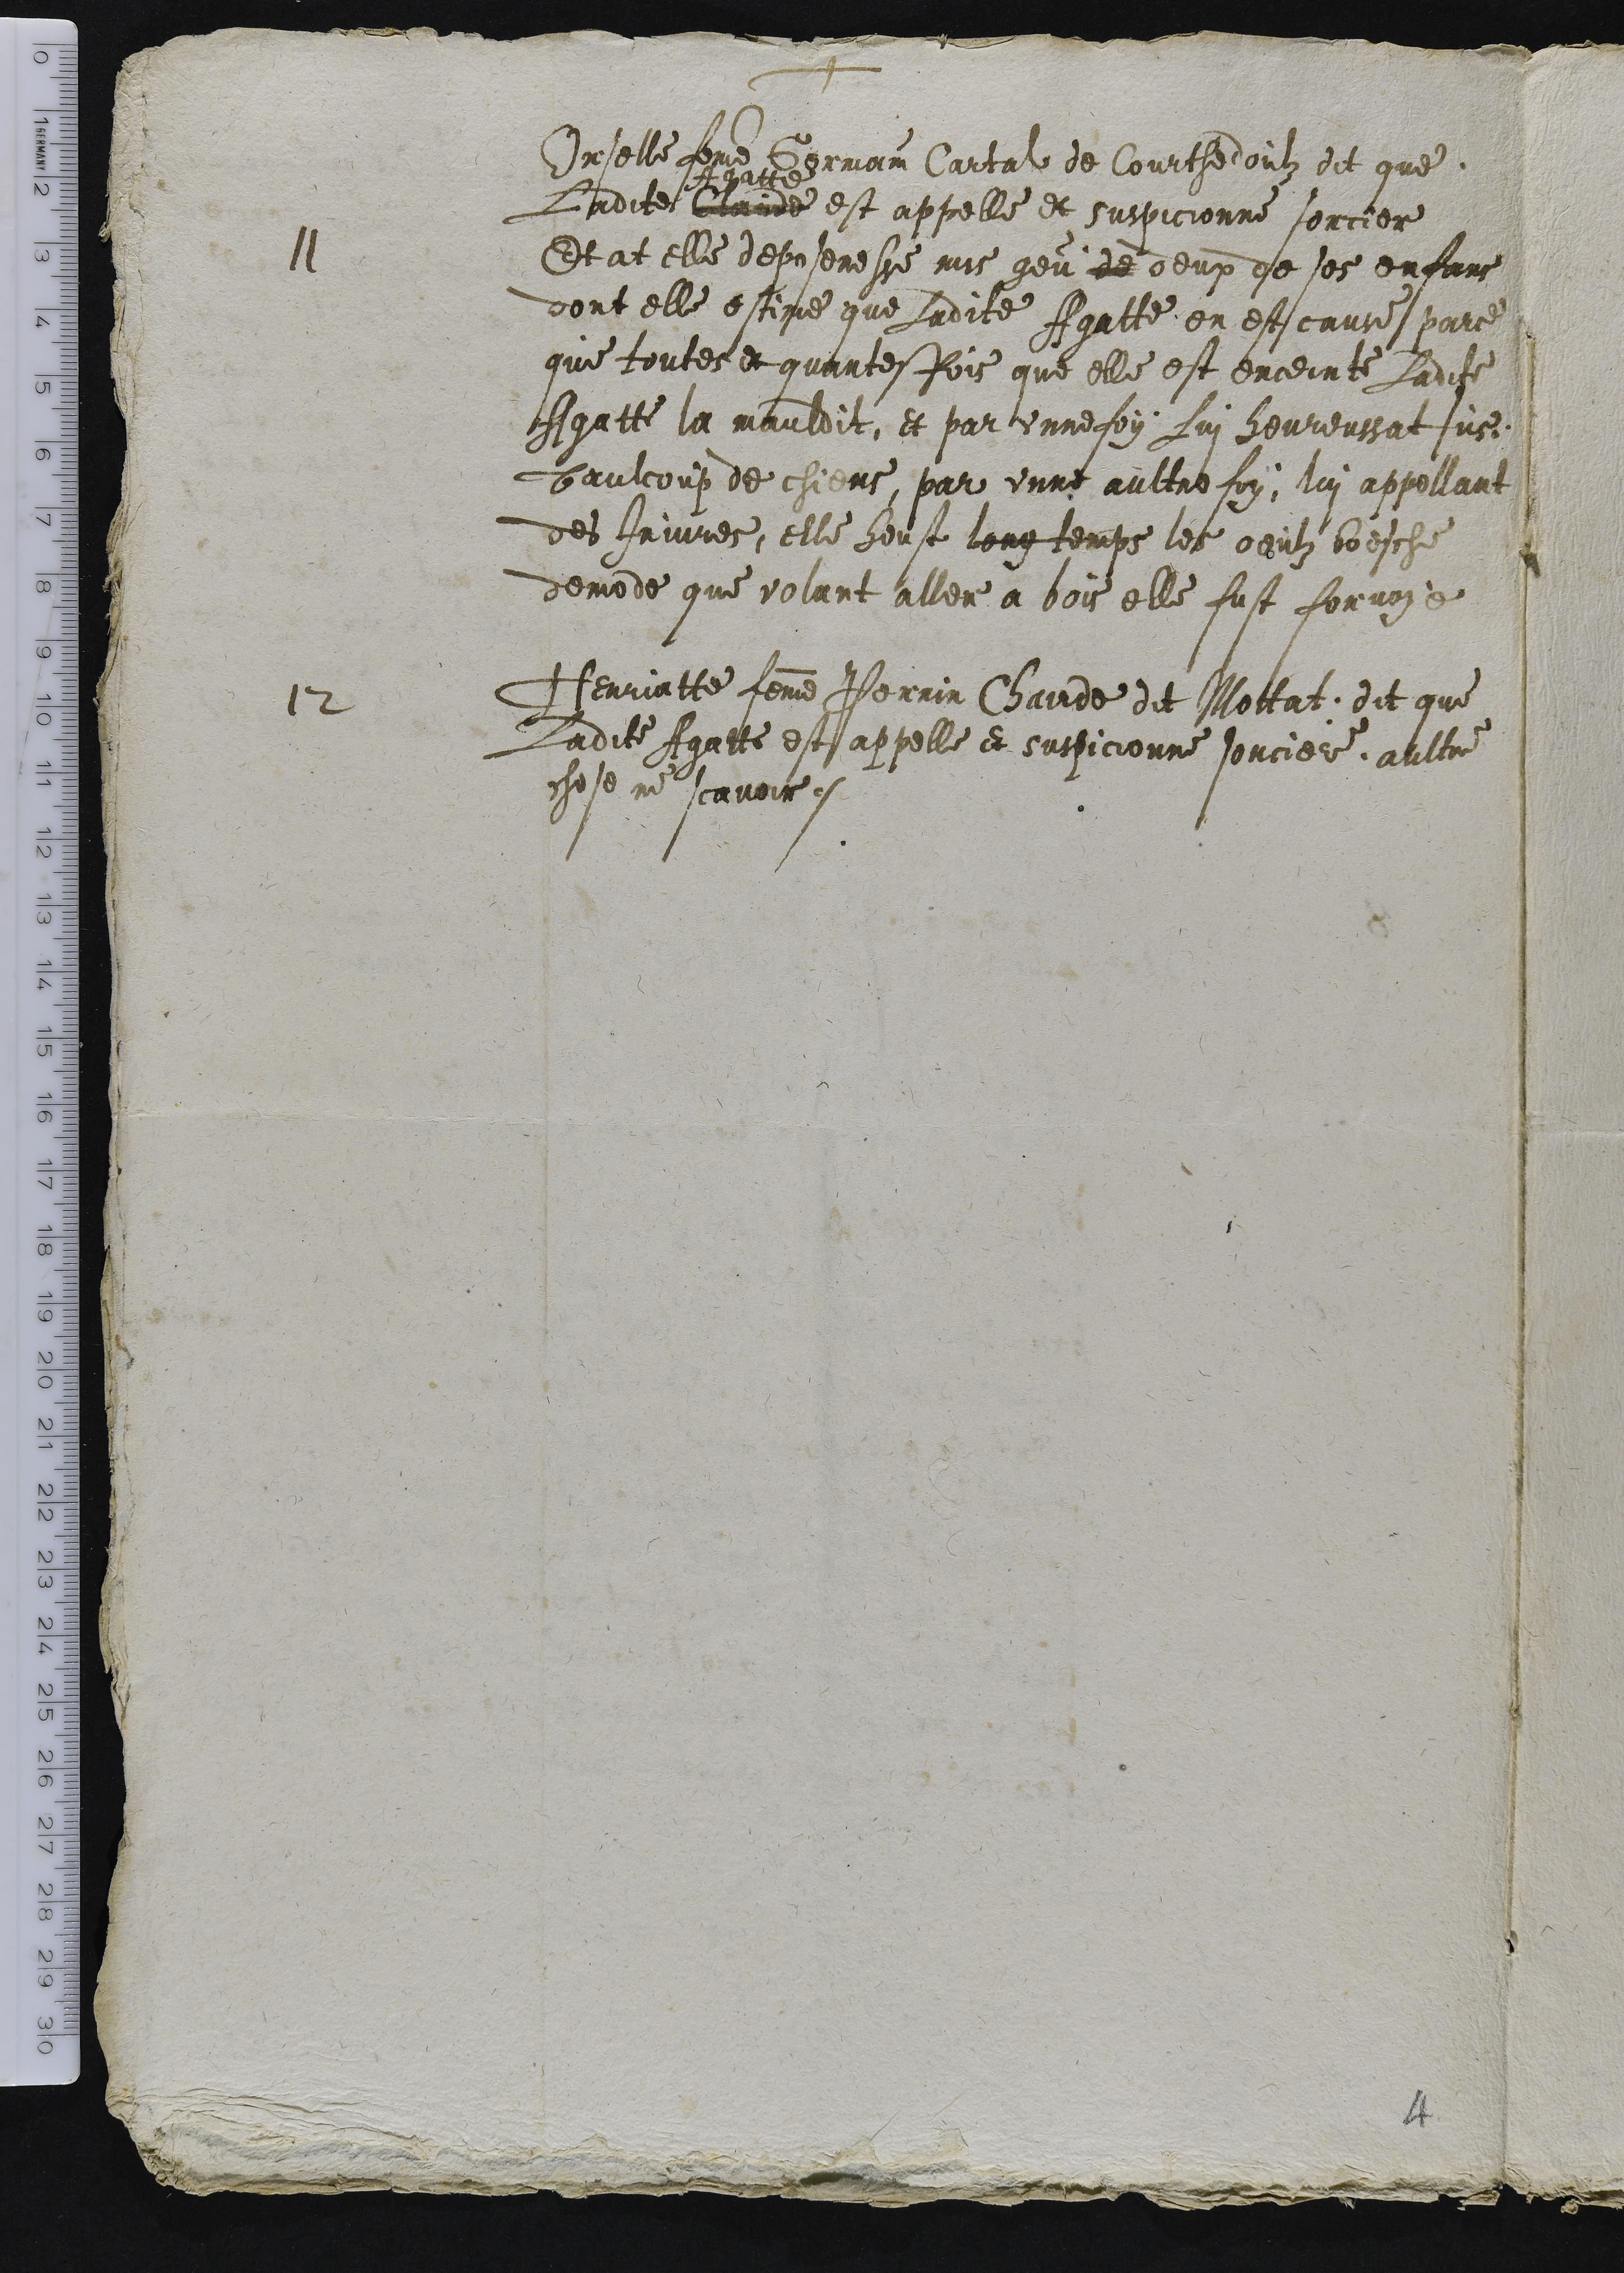
+
Orselle femme Germain Cartal de Courthedoulz dit que
Ladite Claude
Agatte
est appelle et suspicionne sorciere
Et at elle deposeresse mis geu de deux de ses enfans
dont elle estime que Ladite Agatte en est cause parce
que toutes et quantesfois que elle est enceinte Ladite
Agatte la mauldit, et par unne foy Lui heureussat sus
baulcoup de chiens, par unne aultre foy, lui appellant
des Injures, elle heust long temps les oeulz boesche
demode que volant aller a bois elle fust forvoye
12 Henriatte femme Perrin Chairde dit Mottat dit que
Ladite Agatte est appelle et suspicionne sorciere, aultre
chose ne scavoir.

4